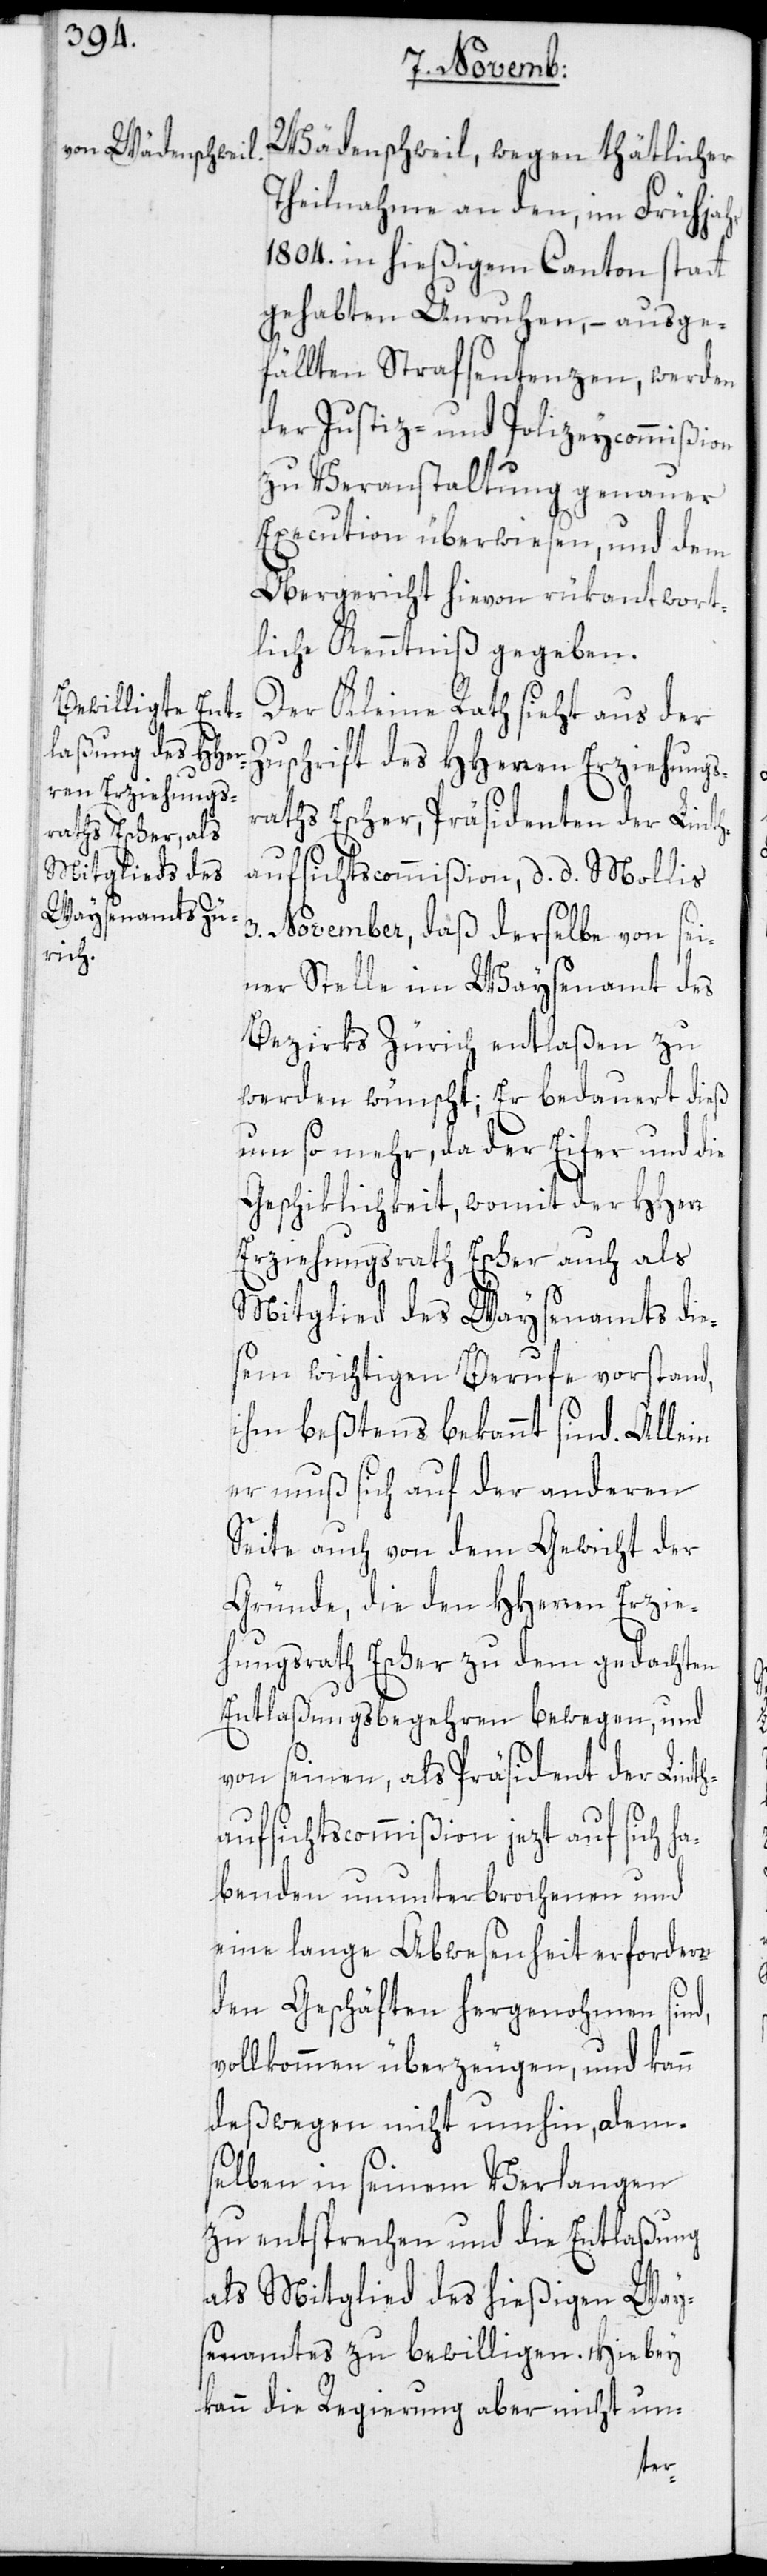
Way¬

Wädenschweil, wegen thätlicher
Theilnahme an den, im Frühjahr
1804. in hießigem Canton statt
gehabten Unruhen, – ausge¬
fällten Strafsentenzen, werden
der Justiz- und Polizeycommißion
zu Veranstaltung genauer
Execution überwiesen, und dem
Obergericht hievon rükantwort¬
liche Kenntniß gegeben.
Der Kleine Rath sieht aus der
Zuschrift des HHerren Erziehungs¬
raths Escher, Präsidenten der Linth¬
aufsichtscommißion, d. d. Mollis
3. November, daß derselbe von sei¬
ner Stelle im Waysenamt des
Bezirks Zürich entlaßen zu
werden wünscht; Er bedauert dieß
um so mehr, da der Eifer und die
Geschiklichkeit, womit der HHerr
Erziehungsrath Escher auch als
Mitglied des Waysenamts die¬
sem wichtigen Berufe vorstand,
ihm beßtens bekannt sind. Allein
er muß sich auf der anderen
Seite auch von dem Gewicht der
Gründe, die den HHerren Erzie¬
hungsrath Escher zu dem gedachten
Entlaßungsbegehren bewegen, und
von seinen, als Präsident der Linth¬
aufsichtscommmißion jezt auf sich ha¬
benden ununterbrochenen und
eine lange Abwesenheit erfordern¬
den Geschäften hergenohmen sind,
vollkommen überzeugen, und kann
deßwegen nicht umhin, dem¬
selben in seinem Verlangen
zu entsprechen und die Entlaßung
senamtes zu bewilligen. Hiebey
kann die Regierung aber nicht un-